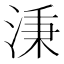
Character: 𣶸